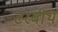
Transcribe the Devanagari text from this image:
टरबीथ